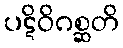
ပဋိဝိဂစ္ဆတိ